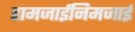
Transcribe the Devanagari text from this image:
हामजाईनिमजाई